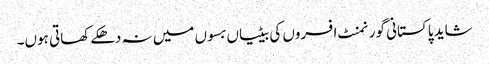
شاید پاکستانی گورنمنٹ افسروں کی بیٹیاں بسوں میں نہ دھکے کھاتی ہوں۔